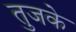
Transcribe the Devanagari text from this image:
तुजके